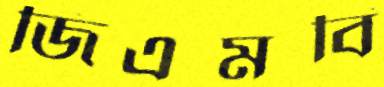
জিএমবি